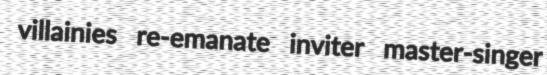
villainies re-emanate inviter master-singer